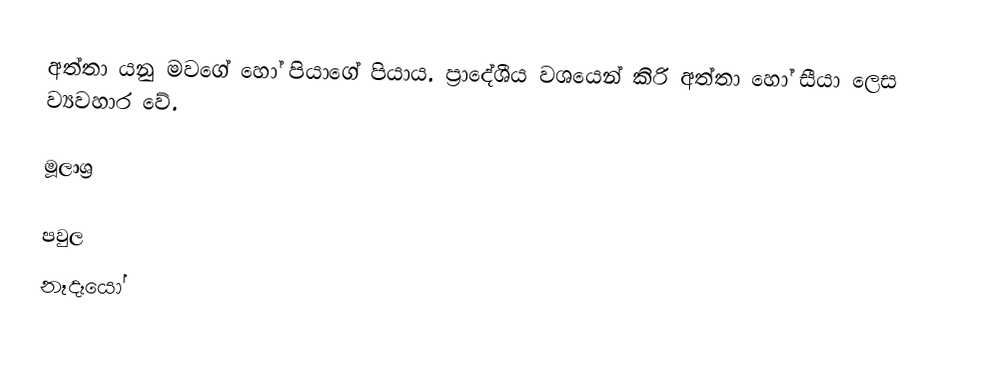
අත්තා යනු මවගේ හෝ පියාගේ පියාය. ප්‍රාදේශීය වශයෙන් කිරි අත්තා  හෝ සීයා ලෙස ව්‍යවහාර වේ.

මූලාශ්‍ර

පවුල
නෑදෑයෝ